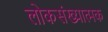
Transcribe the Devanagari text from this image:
लोकसंख्यात्मक